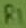
Text: R1